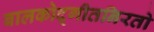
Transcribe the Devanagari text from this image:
बालकोद्गीतनिरतो